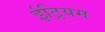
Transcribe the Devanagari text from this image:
ईट्रियम